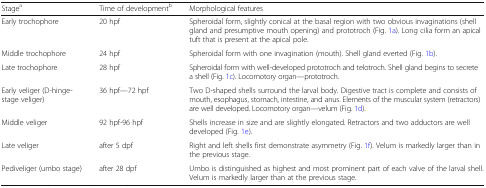
<table><thead><tr><td><b>Stage<sup>a</sup></b></td><td><b>Time of development<sup>b</sup></b></td><td><b>Morphological features</b></td></tr></thead><tbody><tr><td>Early trochophore</td><td>20 hpf</td><td>Spheroidal form, slightly conical at the basal region with two obvious invaginations (shell gland and presumptive mouth opening) and prototroch (Fig. 1a). Long cilia form an apical tuft that is present at the apical pole.</td></tr><tr><td>Middle trochophore</td><td>24 hpf</td><td>Spheroidal form with one invagination (mouth). Shell gland everted (Fig. 1b).</td></tr><tr><td>Late trochophore</td><td>28 hpf</td><td>Spheroidal form with well-developed prototroch and telotroch. Shell gland begins to secrete a shell (Fig. 1c). Locomotory organ—prototroch.</td></tr><tr><td>Early veliger (D-hinge-stage veliger)</td><td>36 hpf—72 hpf</td><td>Two D-shaped shells surround the larval body. Digestive tract is complete and consists of mouth, esophagus, stomach, intestine, and anus. Elements of the muscular system (retractors) are well developed. Locomotory organ—velum (Fig. 1d).</td></tr><tr><td>Middle veliger</td><td>92 hpf-96 hpf</td><td>Shells increase in size and are slightly elongated. Retractors and two adductors are well developed (Fig. 1e).</td></tr><tr><td>Late veliger</td><td>after 5 dpf</td><td>Right and left shells first demonstrate asymmetry (Fig. 1f). Velum is markedly larger than in the previous stage.</td></tr><tr><td>Pediveliger (umbo stage)</td><td>after 28 dpf</td><td>Umbo is distinguished as highest and most prominent part of each valve of the larval shell. Velum is markedly larger than at the previous stage.</td></tr></tbody></table>